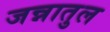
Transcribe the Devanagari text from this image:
जन्नातुल